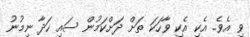
ވި އެވެ.. އެކި އެކި ވާހަކަ ތަށް ދަށްކަމުން ސައި ހަދާ ނިމުނު